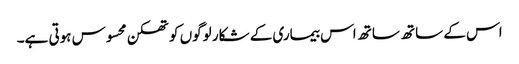
اس کے ساتھ ساتھ اس بیماری کے شکار لوگوں کو تھکن محسوس ہوتی ہے۔